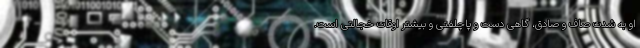
او به شدت صاف و صادق، گاهی دست و پاچلفتی و بیشتر اوقات خجالتی است.